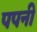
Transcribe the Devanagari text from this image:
पपनी